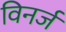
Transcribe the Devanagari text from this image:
विनर्ज